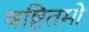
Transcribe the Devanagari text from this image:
षष्टितमो